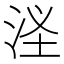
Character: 㳗